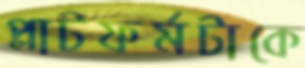
প্লাটফর্মটাকে